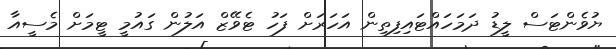
ޔުވެންޓަސް ލީޑު ދަމަހައްޓައިިފިތިން އަހަރަށް ފަހު ޓެވޭޒް އަލުން ގައުމީ ޓީމަށް މެސީއާ